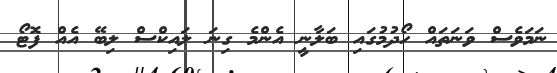
ނަމަވެސް ވަނަތައް ހޯދުމުގައި ބަލާނީ އެންމެ ގިނަ ލައިކްސް ލިބޭ އެއް ފޮޓޯ